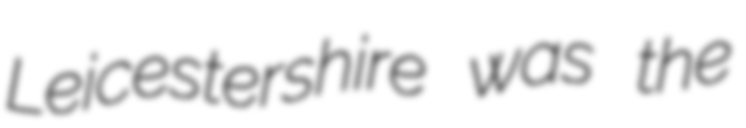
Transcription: Leicestershire was the